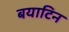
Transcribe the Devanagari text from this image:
बयाटिन